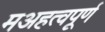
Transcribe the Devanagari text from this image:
मअहत्वपूर्ण